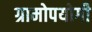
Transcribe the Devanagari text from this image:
ग्रामोपयोगी